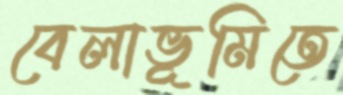
বেলাভূমিতে